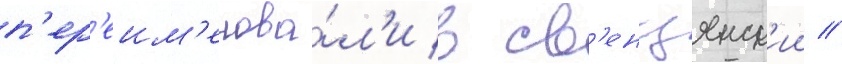
п'ер'еим'енова́л'и в св'енцянск'ии //